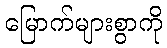
မြောက်များစွာကို